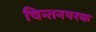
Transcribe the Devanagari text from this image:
चिन्तनपरक